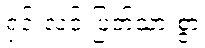
ရှင်းလင်းပြတ်သားစွာ